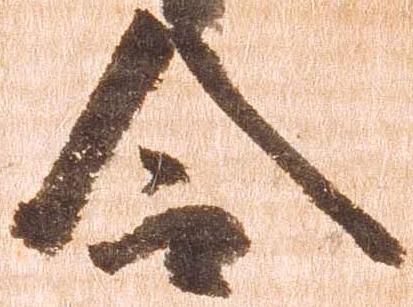
令